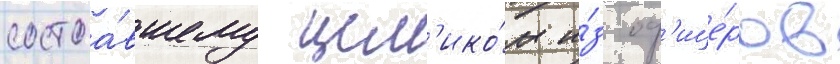
состоа́вшему цел'ико́м и́з оф'ице́ров